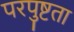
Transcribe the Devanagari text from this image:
परपुष्टता